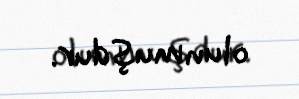
olunmuşdur.